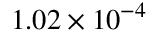
1 . 0 2 \times 1 0 ^ { - 4 }